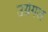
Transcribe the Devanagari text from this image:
उग्रंंगल